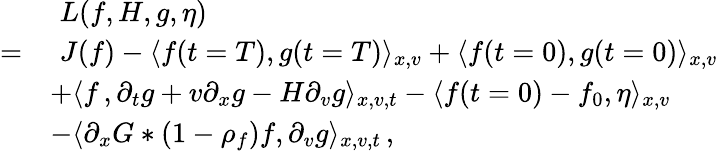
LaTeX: \begin{array}{rl}&{\, \, L(f,H,g,\eta)}\\ {=}&{\, \, J(f)-\langle f(t=T),g(t=T)\rangle_{x,v}+\langle f(t=0),g(t=0)\rangle_{x,v}}\\ &{+\langle f\, ,\partial_{t}g+v\partial_{x}g-H\partial_{v}g\rangle_{x,v,t}-\langle f(t=0)-f_{0},\eta\rangle_{x,v}}\\ &{-\langle\partial_{x}G\ast(1-\rho_{f})f,\partial_{v}g\rangle_{x,v,t}\, ,}\end{array}